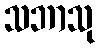
သဘာသု